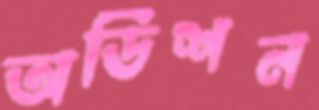
অডিশন